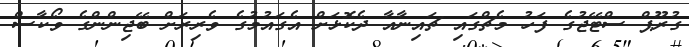
ގުރޫޕް ސްޓޭޖުގެ ފަހު މެޗްގައި ޗައިނާއާ ދެކޮޅަށް އެގައުމުގެ ވެރިރަށް ބޭޖިންންގެ ވޯކާސް